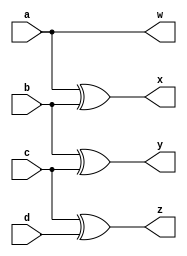
`timescale 1ns / 1ps
//////////////////////////////////////////////////////////////////////////////////
// Company: 
// Engineer: 
// 
// Design Name: 
// Module Name: graycoder
// Project Name: 
// Target Devices: 
// Tool Versions: 
// Description: 
// 
// Dependencies: 
// 
// Revision:
// Revision 0.01 - File Created
// Additional Comments:
// 
//////////////////////////////////////////////////////////////////////////////////


module graycoder(
    input a,
    input b,
    input c,
    input d,
    output w,
    output x,
    output y,
    output z
    );
    
assign w = a;
assign x = a^b;
assign y = b^c;
assign z = c^d;
    
endmodule